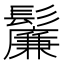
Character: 𬴯